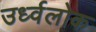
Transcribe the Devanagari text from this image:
उर्ध्वलोक